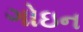
ગોઇન